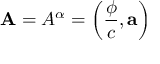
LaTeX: \mathbf { A } = A ^ { \alpha } = \left( { \frac { \phi } { c } } , \mathbf { \vec { a } } \right)